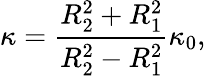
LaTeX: \kappa=\frac{R_{2}^{2}+R_{1}^{2}}{R_{2}^{2}-R_{1}^{2}}\kappa_{0},